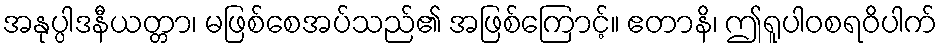
အနုပ္ပါဒနီယတ္တာ၊ မဖြစ်စေအပ်သည်၏ အဖြစ်ကြောင့်။ ဧတာနိ၊ ဤရူပါဝစရဝိပါက်